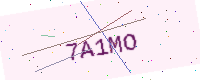
Text: 7A1MO